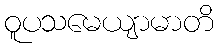
ဝူပသမေယျာမာတိ